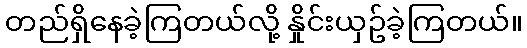
တည်ရှိနေခဲ့ကြတယ်လို့ နှိုင်းယှဥ်ခဲ့ကြတယ်။